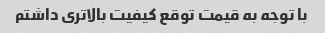
با توجه به قیمت توقع کیفیت بالاتری داشتم